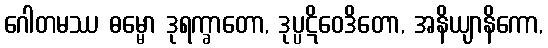
ဂေါတမဿ ဓမ္မော ဒုရက္ခာတော, ဒုပ္ပဋိဝေဒိတော, အနိယျာနိကော,